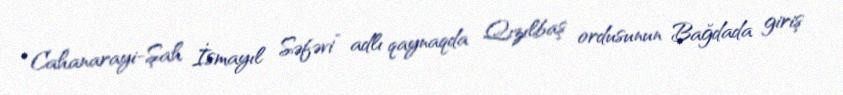
“Cahanarayi-Şah İsmayıl Səfəvi” adlı qaynaqda Qızılbaş ordusunun Bağdada giriş